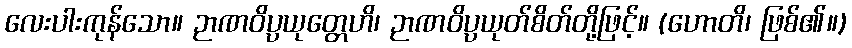
လေးပါးကုန်သော။ ဉာဏဝိပ္ပယုတ္တေဟိ၊ ဉာဏဝိပ္ပယုတ်စိတ်တို့ဖြင့်။ (ဟောတိ၊ ဖြစ်၏။)